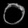
Digit: ၀